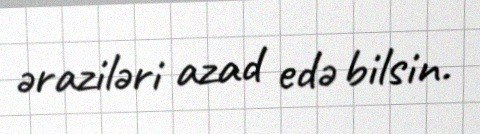
əraziləri azad edə bilsin.